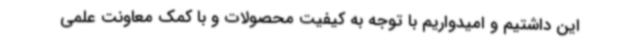
این داشتیم و امیدواریم با توجه به کیفیت محصولات و با کمک معاونت علمی